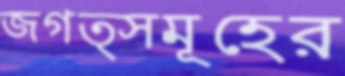
জগত্সমূহের